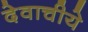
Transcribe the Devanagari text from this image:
देवाचीये